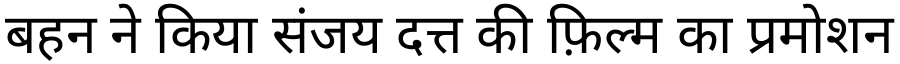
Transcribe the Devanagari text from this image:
बहन ने किया संजय दत्त की फ़िल्म का प्रमोशन